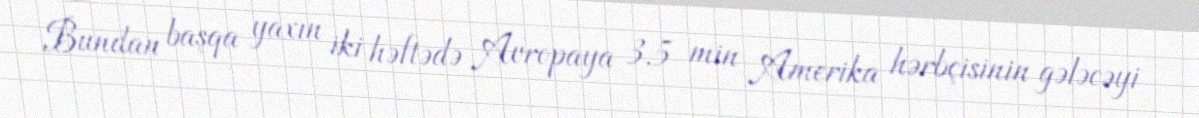
Bundan başqa yaxın iki həftədə Avropaya 3.5 min Amerika hərbçisinin gələcəyi